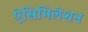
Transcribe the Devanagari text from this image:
ऐसिमिलेशन